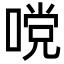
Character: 𭉧